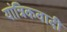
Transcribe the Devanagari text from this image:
यांत्रिकवादी